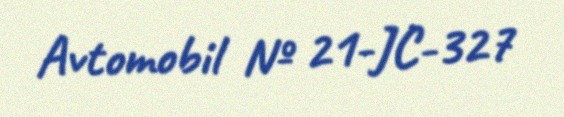
Avtomobil № 21-JC-327